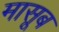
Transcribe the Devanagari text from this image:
मासूब